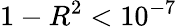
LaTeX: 1-R^{2}<10^{-7}